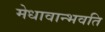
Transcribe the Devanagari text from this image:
मेधावान्भवति